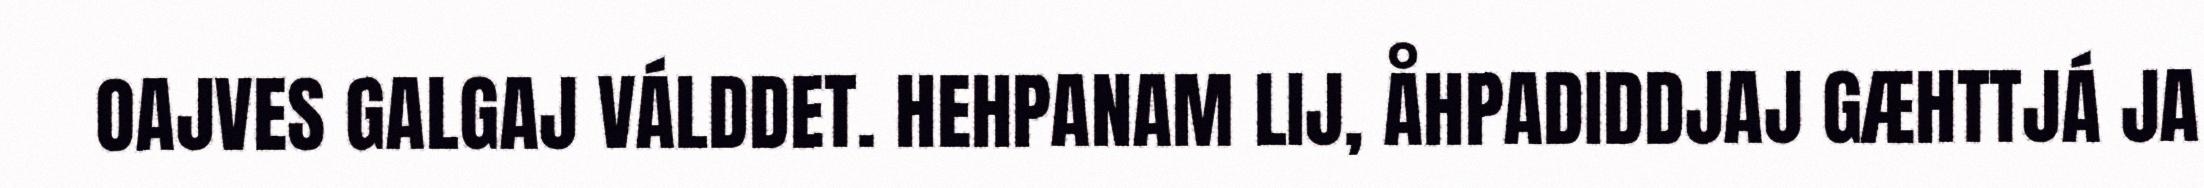
OAJVES GALGAJ VÁLDDET. HEHPANAM LIJ, ÅHPADIDDJAJ GÆHTTJÁ JA